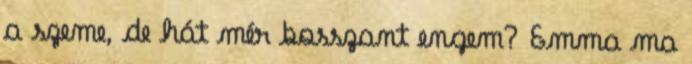
a szeme, de hát mér bosszant engem? Emma ma